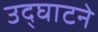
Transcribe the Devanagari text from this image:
उद्‌घाटने